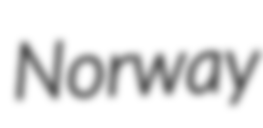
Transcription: Norway